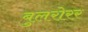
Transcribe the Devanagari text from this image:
बुलरोरर